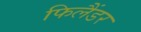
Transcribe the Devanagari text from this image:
फिलैंडर